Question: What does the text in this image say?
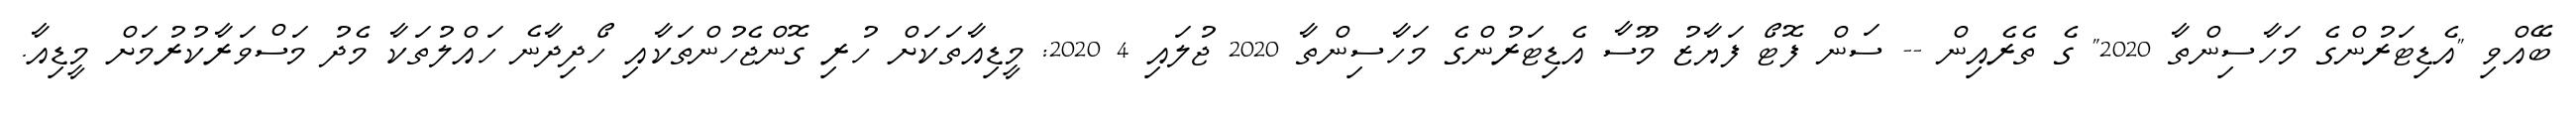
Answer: ބޭއްވި "އެޑިޓަރުންގެ މަހާސިންތާ 2020" ގެ ތެރެއިން -- ސަން ފޮޓޯ ފަޔާޒު މޫސާ އެޑިޓަރުންގެ މަހާސިންތާ 2020 ޖުލައި 4 2020: މީޑިއާތަކަށް ހުރި ގޮންޖެހުންތަކާއި ހޯދިދާނެ ހައްލުތަކާ މެދު މަސްވަރާކުރުމަށް މީޑިއާ.